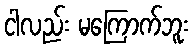
ငါလည်း မကြောက်ဘူး